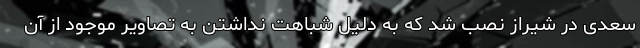
سعدی در شیراز نصب شد که به دلیل شباهت نداشتن به تصاویر موجود از آن